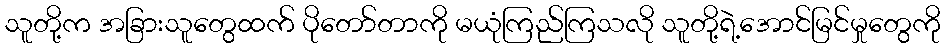
သူတို့က အခြားသူတွေထက် ပိုတော်တာကို မယုံကြည်ကြသလို သူတို့ရဲ့အောင်မြင်မှုတွေကို